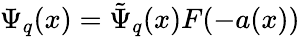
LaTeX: \Psi_{q}(x)=\tilde{\Psi}_{q}(x)F(-a(x))